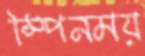
স্পিনময়